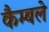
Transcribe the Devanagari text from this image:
कैम्बले